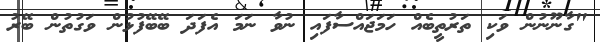
"ގާނޫނުން ވަކި ތަރުތީބެއް ހަމަޖައްސާފައި ނުވާ ނަމަ އެފަދަ ބޭބޭފުޅުން ވަގުތުން ބޭރު